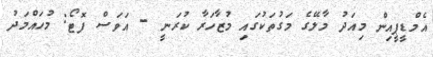
އެމްޑީޕީއިން މިއަދު މާލޭގެ މަގުތަކުގައި މުޒާހަރާ ކުރަނީ - އަވަސް ފޮޓޯ: މުހައްމަދު